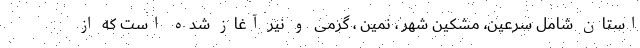
استان شامل سرعین، مشکین شهر ، نمین ، گرمی و نیر آغاز شده است که از